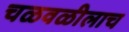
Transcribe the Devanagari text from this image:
चळवळीलाच